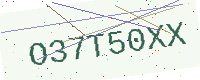
Text: O37T50XX